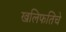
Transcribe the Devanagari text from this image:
खलिफतिचे